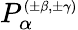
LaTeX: P_{\alpha}^{\scriptscriptstyle{(\pm\beta,\pm\gamma)}}